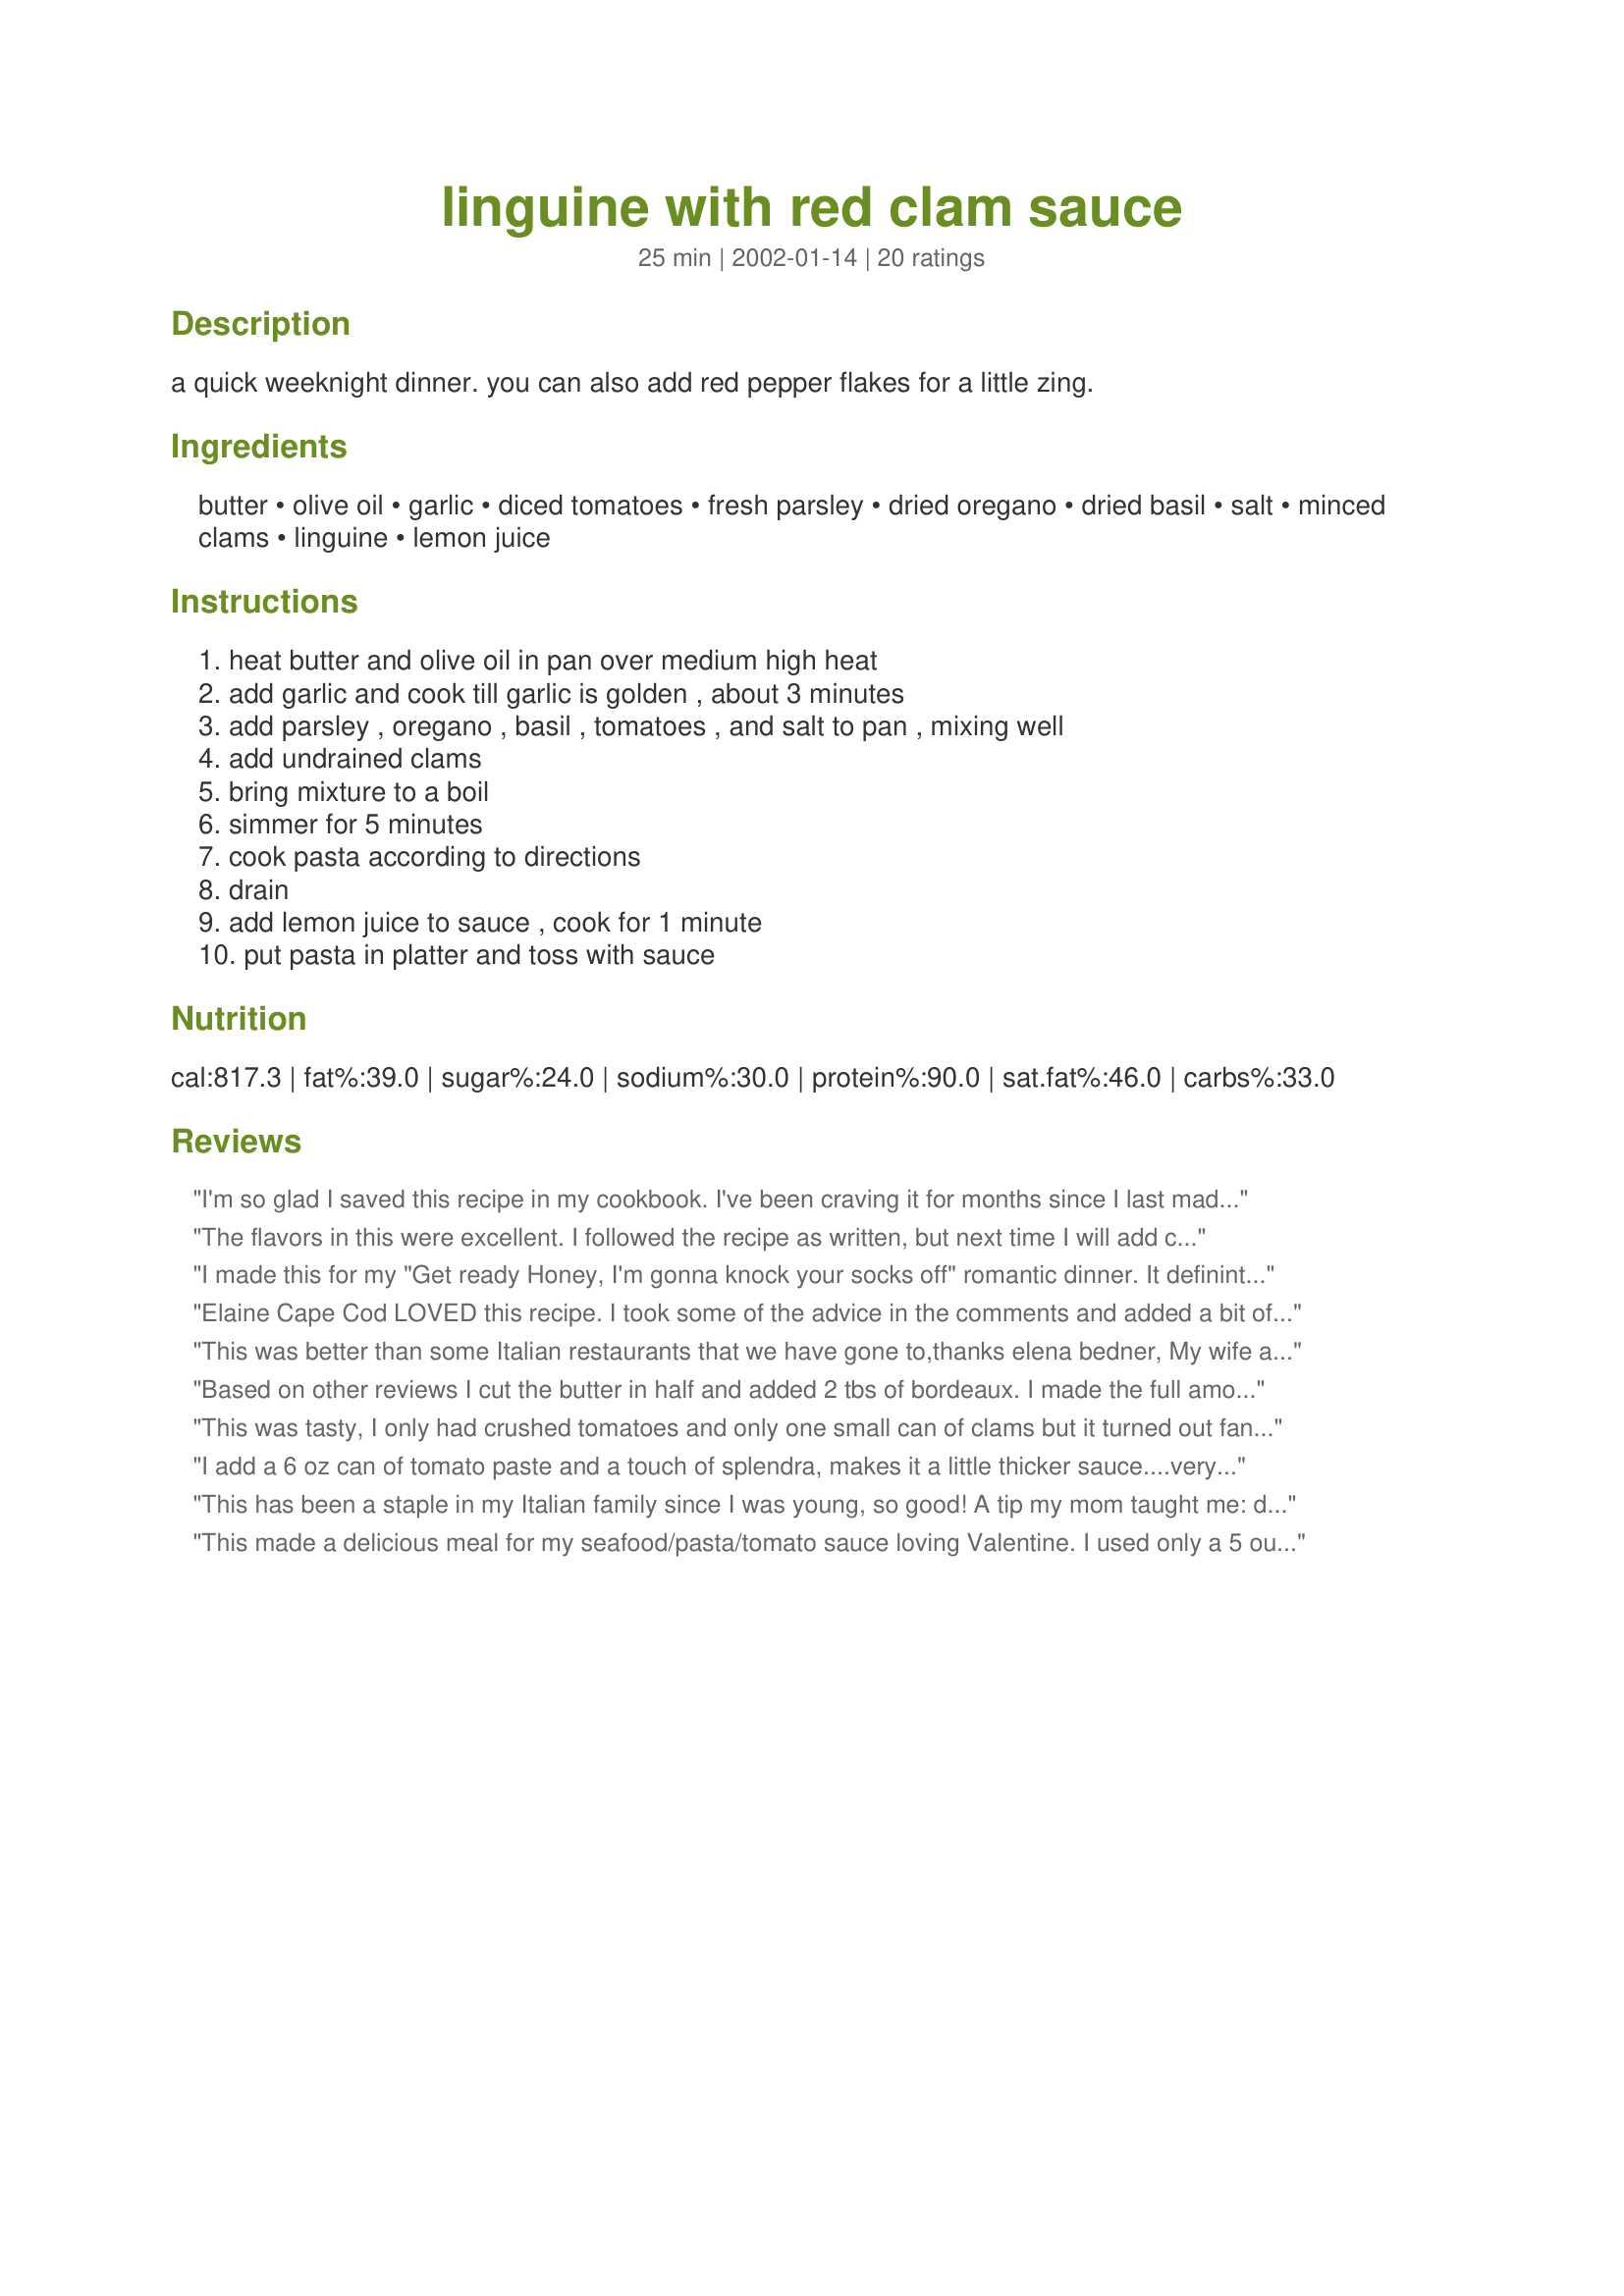
linguine with red clam sauce
Preparation time: 25 minutes

a quick weeknight dinner. you can also add red pepper flakes for a little zing.

Ingredients:
butter, olive oil, garlic, diced tomatoes, fresh parsley, dried oregano, dried basil, salt, minced clams, linguine, lemon juice

Steps:
heat butter and olive oil in pan over medium high heat, add garlic and cook till garlic is golden , about 3 minutes, add parsley , oregano , basil , tomatoes , and salt to pan , mixing well, add undrained clams, bring mixture to a boil, simmer for 5 minutes, cook pasta according to directions, drain, add lemon juice to sauce , cook for 1 minute, put pasta in platter and toss with sauce

Reviews:
I'm so glad I saved this recipe in my cookbook. I've been craving it for months since I last made it. I can't wait to cook it again.
The flavors in this were excellent. I followed the recipe as written, but next time I will add cornstarch or flour to thicken the sauce (or cut down on the liquid in the beginning) and add red pepper flakes. Very yummy first experience with red clam sauce. Thanks for sharing. I served this over whole wheat spaghetti.
I made this for my "Get ready Honey, I'm gonna knock your socks off" romantic dinner. It definintely delivered. The red clam sauce was very well seasoned. We both loved the flavor of the oregano and basil. I served this with homemade bread and salad. Wow, we were both impressed. Thanks.
Elaine Cape Cod

LOVED this recipe. I took some of the advice in the comments and added a bit of tomato paste to thicken the sauce, some good red wine and a 1/4 teaspoon red pepper flakes - I topped the sauce off with a sprinkle of grated parm cheese when I served this dish. Absolutely delicious!! Thank you!!
This was better than some Italian restaurants that we have gone to,thanks elena bedner, My wife and I think its the "BEST"
Joe
Based on other reviews I cut the butter in half and added 2 tbs of bordeaux. I made the full amount of sauce and half the pasta for two of us and we sopped up all of the juices with a loaf of semolina bread. Awesome and I can't wait to make it again!
This was tasty, I only had crushed tomatoes and only one small can of clams but it turned out fantastic anyway. See photo 1.
I add a 6 oz can of tomato paste and a touch of splendra, makes it a little thicker sauce....very very good
This has been a staple in my Italian family since I was young, so good! A tip my mom taught me: drain the clam juice and add it with the tomatoes seperately, and wait until the sauce has almost finished simmering to add the clams at the end. This prevents the clams from getting soggy. I always add tomato paste as other's mentioned so the sauce isn't too runny. Cheers!
This made a delicious meal for my seafood/pasta/tomato sauce loving Valentine. I used only a 5 ounce can of clams, as that seemed like enough in proportion to the sauce. Even so, the liquid made a very soupy sauce. I simmered it for some extra time trying to cook off the extra liquid, but ended up having to add some cornstarch. Anyway, it turned out delicious, and the red pepper flakes perked it up perfectly.
One word: mushrooms!
I added a touch of zinfindel to give the sauce more kick. This was sooo good!
This was wonderful; my husband had three helpings! I used fresh tomatoes and basil from the garden and the flavor was intense! Next time, I will use half the butter.
Excellent as quick recipe with way less heat than initially suggested unless you put the butter, O oil, and garlic in a cold pan. Both butter and the garlic will scorch almost instantly on med high hot pan. To make it fast as listed I would add maybe 2 TBS of tomato paste, but that changes the flavor of the sauce. I generally make this as a 90 minute recipe melt butter, O oil on lowest setting till a drop of water in it makes it sizzle then add the garlic and slowly brown the garlic till it is golden stirring frequently. Then add the spices, drain the clam juice into saucepan and the diced tomatoes bring to boil then slow simmer on low while I bring a stock pot of water to a boil on low. The sauce cooks down that way and still retains it's light creaminess without being too marinara like. Add the clams in the last 5 minutes I have made this with regular semolina pasta, whole wheat and veggie enriched pastas all were fantastic. I also made it with spaghetti squash for someone who has diabetes as a substitute for pasta, that came out unique but still very tasty. I suggest, if you are trying to make it fast as advertised to slightly undercook the pasta so it will soak up the excess liquid. The first time I made this for a small dinner party, the first thing out of the host's mouth was &quot;when are you making this again?&quot;.
Took the advise of other cooks & thickened the sauce with some tomato paste. Otherwise I feel it would have been too thin. This wasn't bad for my first red clam sauce recipe so I really have nothing to compare it with. I personally prefer the white clam sauce linguine. My BH however thought it was outstanding and wants me to do again sometime. I served this with sweet hawaiian bread, a nice compliment to the meal.
This was so so good. I like my linguini with white sauce but made this to please my husband (I don't usually do red sauces with seafood). I was just standing there at the stove sampling and sampling. What a delicate flavor. This is NOT Ragu with clams in it. It is light and has just layers of flavor. Thanks so much for posting.
This our favorite pasta sauce...and I&#039;ve been trying to duplicate our restaurant&#039;s recipe for years with no success. This is simply the BEST red clam sauce I&#039;ve ever had. I used some tomato paste and a little sugar. Outstanding!
Linguine with clams is my husband's favorite dish. This version is my new staple. I actually love how "saucy" the tomato sauce is. I did cut the butter in half as some other chefs suggested, and I thought it still had a rich, buttery flavor. I also omitted the salt, because the clams are pretty salty on their own. Thanks for sharing!
This dish was outstanding. I cut the butter and olive oil in half to make it not so dangerous to our hearts. ;) I also used fresh herbs and tomatoes from the garden. So fresh tasting and scrumptious. Thanks for sharing this extraordinary recipe.
Great recipe! Love the red pepper. I went overboard on the garlic, oregano and fresh basil. But hey garlic and basil plus is always good. Thanks
